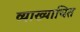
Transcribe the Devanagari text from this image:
व्याख्याचित